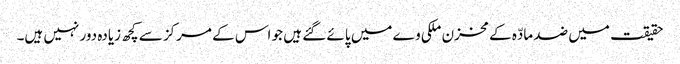
حقیقت میں ضد مادّہ کے مخزن ملکی وے میں پائے گئے ہیں جو اس کے مرکز سے کچھ زیادہ دور نہیں ہیں۔